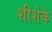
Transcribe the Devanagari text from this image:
शीशेके